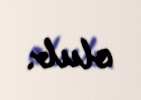
olub.